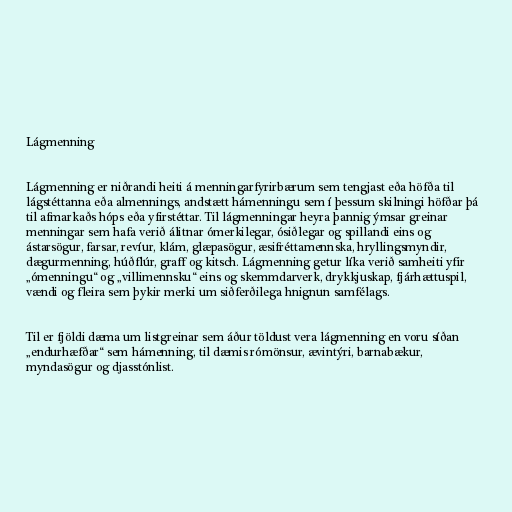
Lágmenning

Lágmenning er niðrandi heiti á menningarfyrirbærum sem tengjast eða höfða til
lágstéttanna eða almennings, andstætt hámenningu sem í þessum skilningi höfðar þá
til afmarkaðs hóps eða yfirstéttar. Til lágmenningar heyra þannig ýmsar greinar
menningar sem hafa verið álitnar ómerkilegar, ósiðlegar og spillandi eins og
ástarsögur, farsar, revíur, klám, glæpasögur, æsifréttamennska, hryllingsmyndir,
dægurmenning, húðflúr, graff og kitsch. Lágmenning getur líka verið samheiti yfir
„ómenningu“ og „villimennsku“ eins og skemmdarverk, drykkjuskap, fjárhættuspil,
vændi og fleira sem þykir merki um siðferðilega hnignun samfélags.

Til er fjöldi dæma um listgreinar sem áður töldust vera lágmenning en voru síðan
„endurhæfðar“ sem hámenning, til dæmis rómönsur, ævintýri, barnabækur,
myndasögur og djasstónlist.